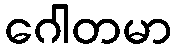
ဂေါတမာ